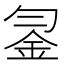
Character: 𨥒